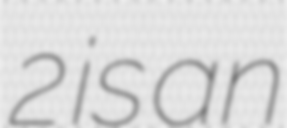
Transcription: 2 is an